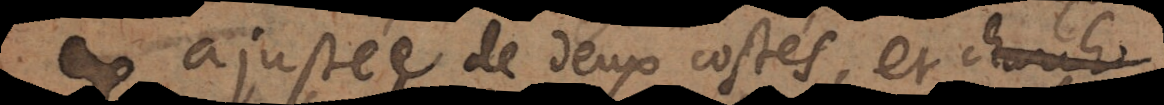
ajustée de deux costés et chargée